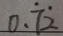
0 . \dot { 7 } \dot { 2 }